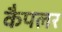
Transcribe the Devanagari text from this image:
कैपलर